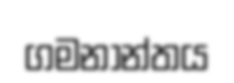
ගමනාන්තය